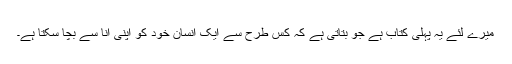
میرے لئے یہ پہلی کتاب ہے جو بتاتی ہے کہ کس طرح سے ایک انسان خود کو اپنی انا سے بچا سکتا ہے۔